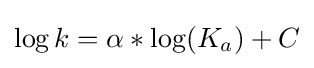
\log k=\alpha *\log(K_{a})+C